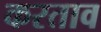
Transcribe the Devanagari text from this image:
करताव